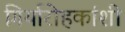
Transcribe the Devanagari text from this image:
गिर्यारोहकांशी